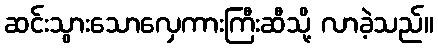
ဆင်းသွားသောလှေကားကြီးဆီသို့ လာခဲ့သည်။